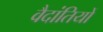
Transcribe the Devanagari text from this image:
वैदांतियों